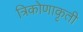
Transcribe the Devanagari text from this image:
त्रिकोणाकृती